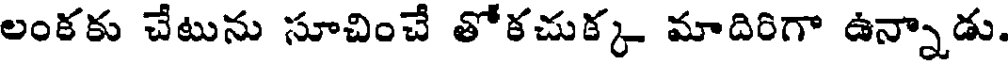
లంకకు చేటును సూచించే తోకచుక్క మాదిరిగా ఉన్నాడు.